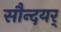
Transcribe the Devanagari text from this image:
सौन्दयर्